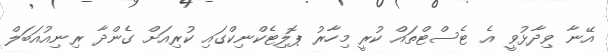
އޭނާ ވިދާޅުވީ އެ ޓެސްޓްތައް ކުރީ މިހާރު ޕޮލިޓެކްނިކްގައި ކުރިއަށް ގެންދާ ރިނިއުއަބަލް